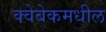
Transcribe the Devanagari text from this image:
क्वेबेकमधील